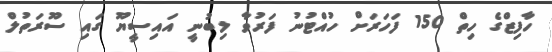
ހާފިޒްގެ ހިތް 150 ފަހަރަށް ހުއްޓުނު ފަރުވާ ލިބުނީ އައިސީޔޫ ގައި ސޫރަތުލް